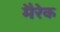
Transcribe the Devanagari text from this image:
मैरेक